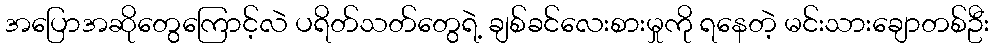
အပြောအဆိုတွေကြောင့်လဲ ပရိတ်သတ်တွေရဲ့ ချစ်ခင်လေးစားမှုကို ရနေတဲ့ မင်းသားချောတစ်ဦး